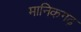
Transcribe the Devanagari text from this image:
मानिकगढ़